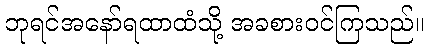
ဘုရင်အနော်ရထာထံသို့ အခစားဝင်ကြသည်။